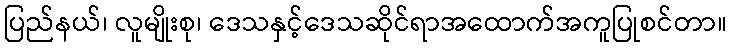
ပြည်နယ်၊ လူမျိုးစု၊ ဒေသနှင့်ဒေသဆိုင်ရာအထောက်အကူပြုစင်တာ။